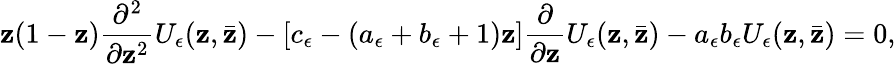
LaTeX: \mathbf{z}(1-\mathbf{z})\frac{{\partial^{2}}}{{\partial\mathbf{z}^{2}}}U_{\epsilon}(\mathbf{z},\bar{{\mathbf{z}}})-\left[c_{\epsilon}-(a_{\epsilon}+b_{\epsilon}+1)\mathbf{z}\right]\frac{{\partial}}{{\partial\mathbf{z}}}U_{\epsilon}(\mathbf{z},\bar{{\mathbf{z}}})-a_{\epsilon}b_{\epsilon}U_{\epsilon}(\mathbf{z},\bar{{\mathbf{z}}})=0,